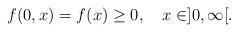
LaTeX: \begin{align*}f(0,x) = f^{}(x)\geq 0,\ \ \ x\in ]0,\infty[.\end{align*}